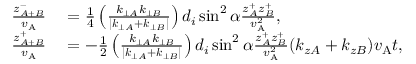
\begin{array} { r l } { \frac { z _ { A + B } ^ { - } } { v _ { \mathrm { A } } } } & { { } = \frac { 1 } { 4 } \left( \frac { k _ { \perp A } k _ { \perp B } } { | \boldsymbol { k } _ { \perp A } + \boldsymbol { k } _ { \perp B } | } \right) d _ { i } \sin ^ { 2 } \alpha \frac { z _ { A } ^ { + } z _ { B } ^ { + } } { v _ { \mathrm { A } } ^ { 2 } } , } \\ { \frac { z _ { A + B } ^ { + } } { v _ { \mathrm { A } } } } & { { } = - \frac { 1 } { 2 } \left( \frac { k _ { \perp A } k _ { \perp B } } { | \boldsymbol { k } _ { \perp A } + \boldsymbol { k } _ { \perp B } | } \right) d _ { i } \sin ^ { 2 } \alpha \frac { z _ { A } ^ { + } z _ { B } ^ { + } } { v _ { \mathrm { A } } ^ { 2 } } ( k _ { z A } + k _ { z B } ) v _ { \mathrm { A } } t , } \end{array}